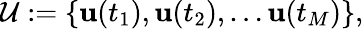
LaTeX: \mathcal{U}:=\{ \mathbf{u}(t_{1}),\mathbf{u}(t_{2}),\dots\mathbf{u}(t_{M})\} ,